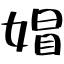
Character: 媢